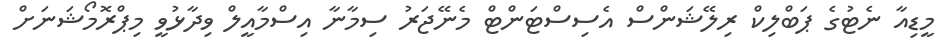
މީޑިއާ ނެޓުގެ ޕަބްލިކް ރިލޭޝަންސް އެސިސްޓަންޓް މެނޭޖަރު ސިމާނާ އިސްމާއީލް ވިދާޅުވީ މިޕްރޮމޯޝަނަށް